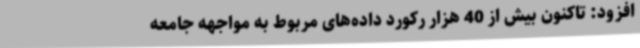
افزود: تاکنون بیش از 40 هزار رکورد داده‌های مربوط به مواجهه‌ جامعه